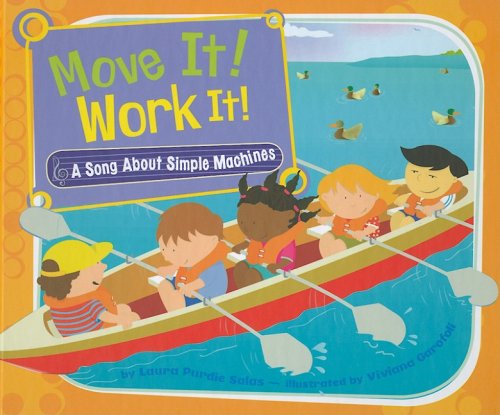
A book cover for Move It! Work It!: A Song About Simple Machines (Science Songs); Laura Purdie Salas; Children's Books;